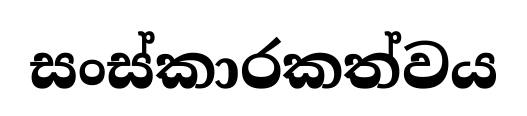
සංස්කාරකත්වය